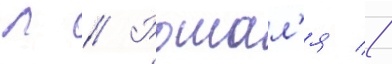
Л // Рошал'я //